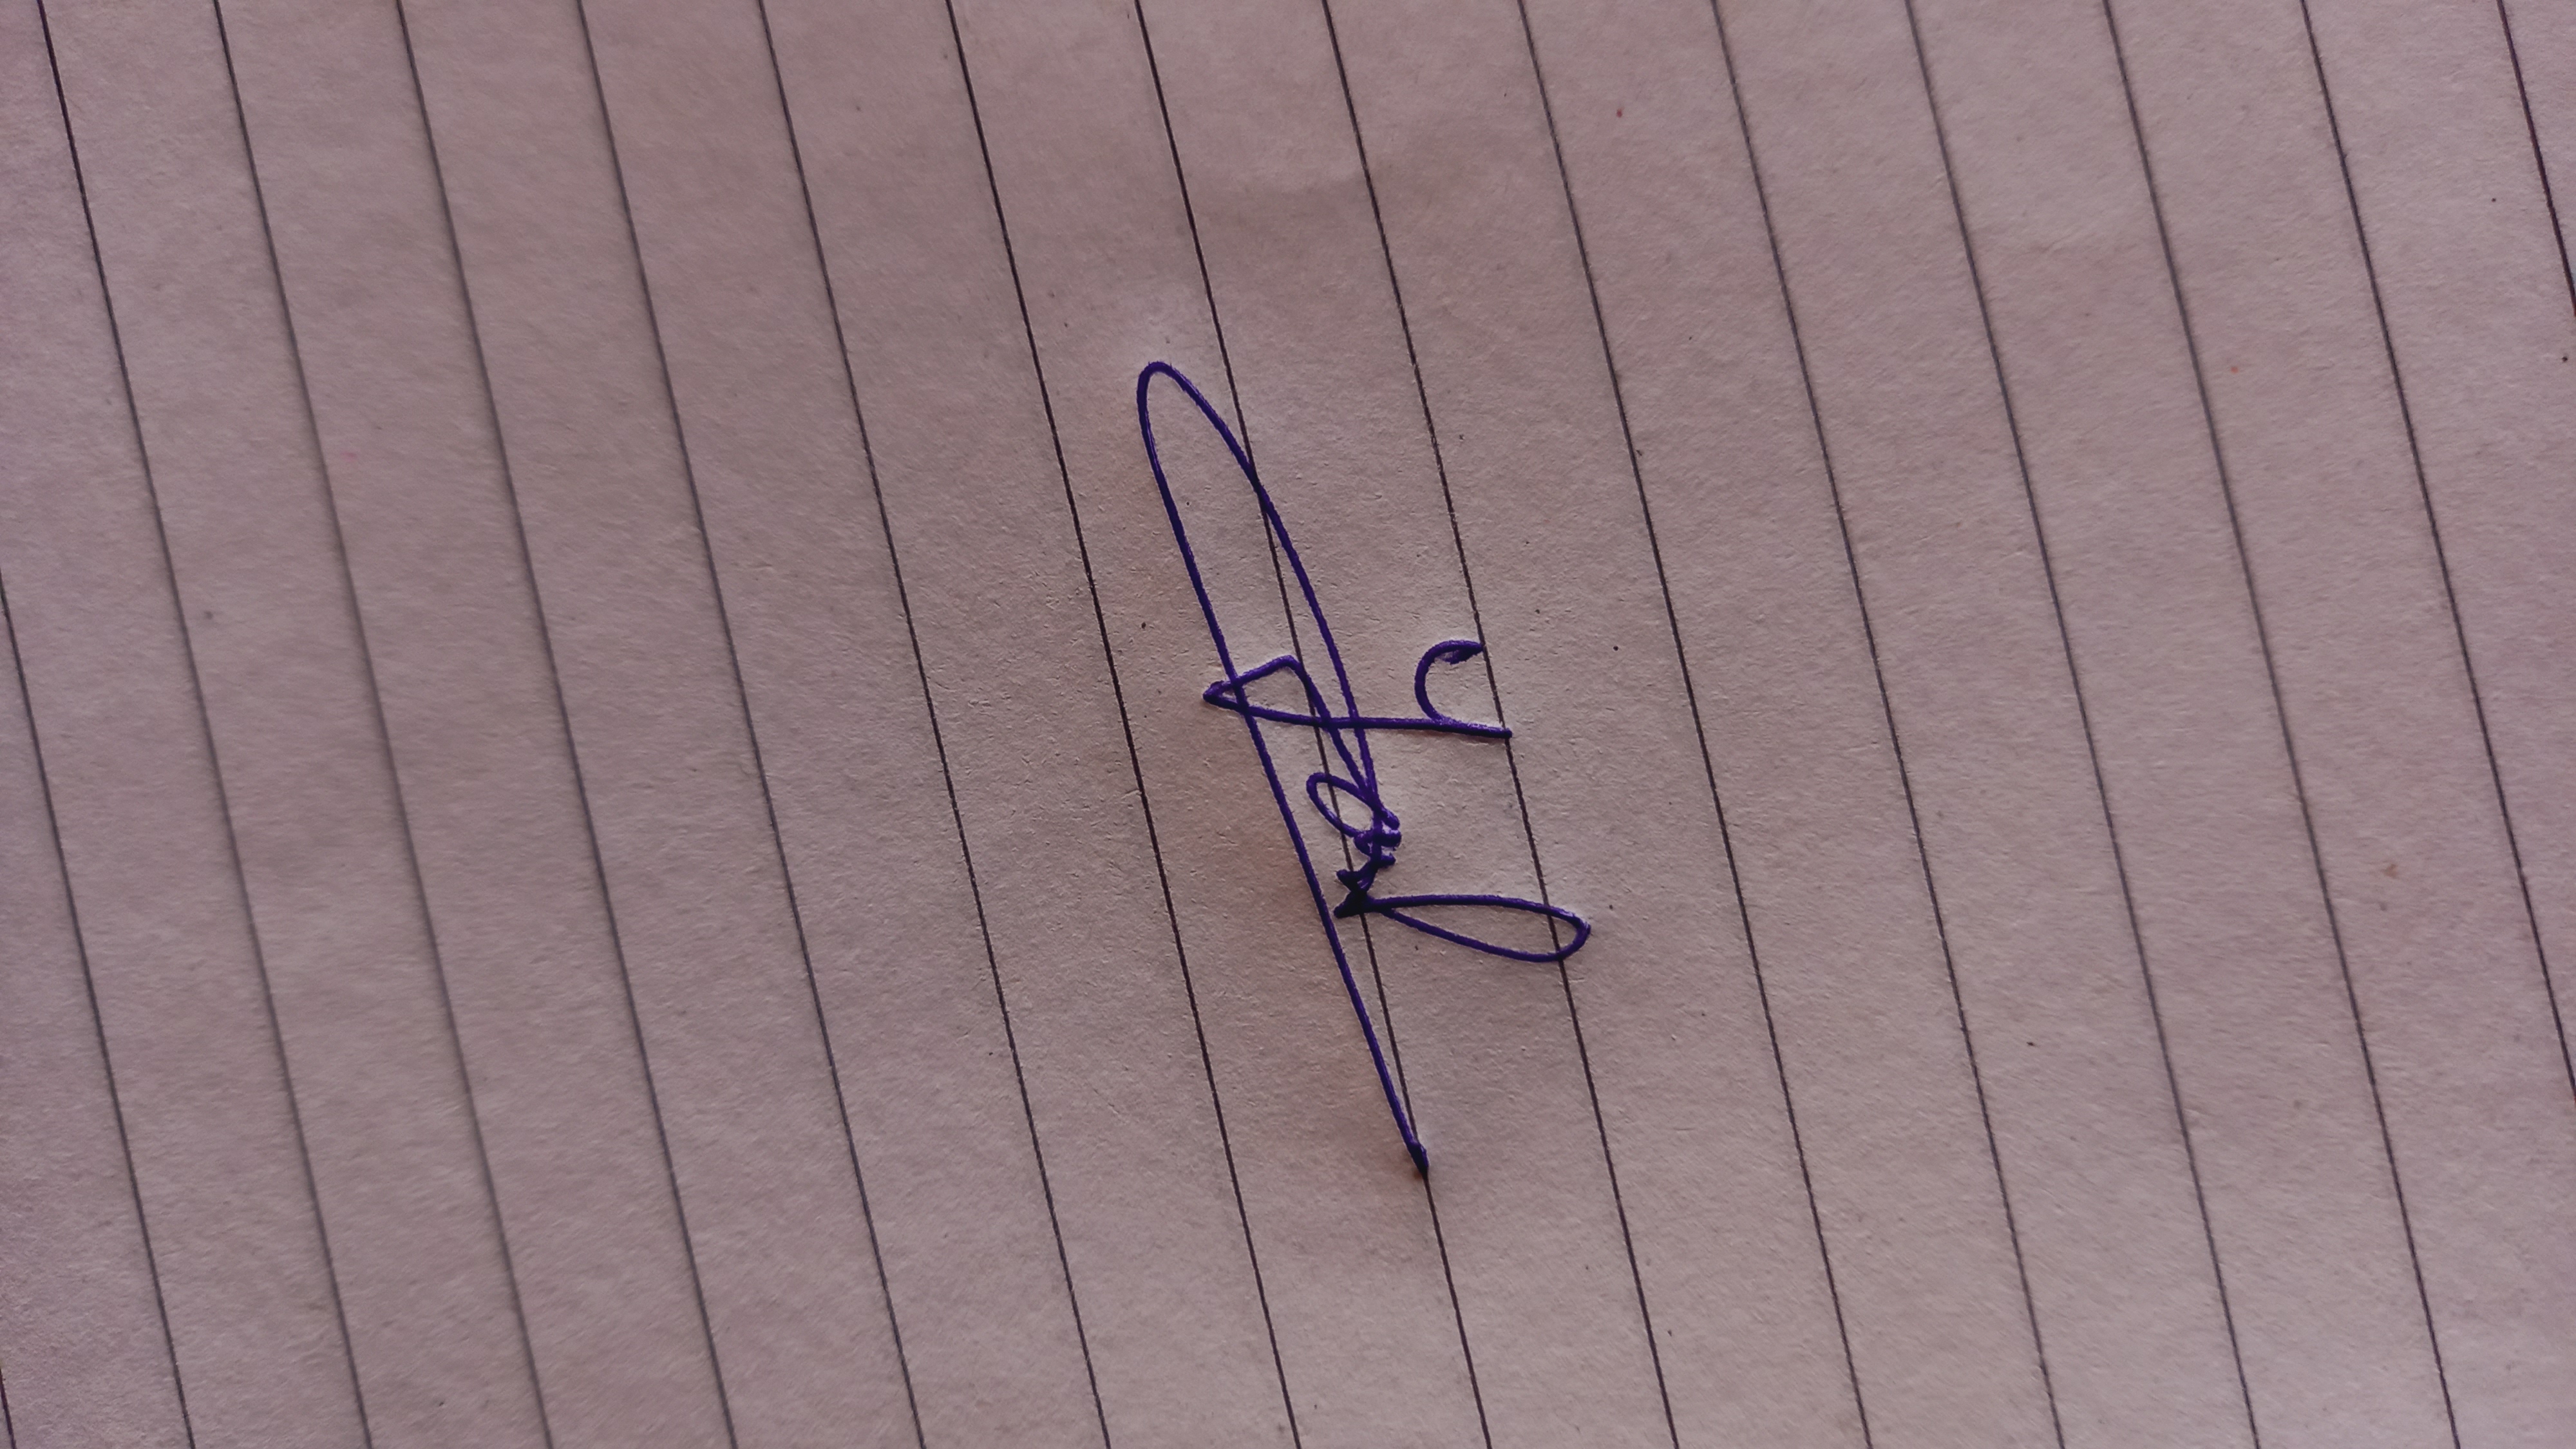
Signature authenticity: genuine